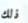
ذلك